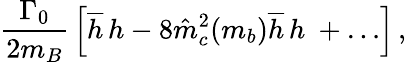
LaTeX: {\frac{\Gamma_{0}}{2m_{B}}}\left[\overline{{h}}\, h-8\hat{m}_{c}^{2}(m_{b})\overline{{h}}\, h\ +\dots\right]\, ,